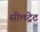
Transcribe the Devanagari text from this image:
सीलट्रेट